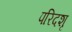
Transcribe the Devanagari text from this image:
परिदशृ